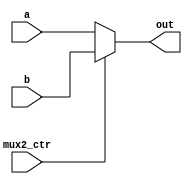
`timescale 1ns / 1ps
//////////////////////////////////////////////////////////////////////////////////
// Company: 
// Engineer: 
// 
// Design Name: 
// Module Name: mux2_8
// Project Name: 
// Target Devices: 
// Tool Versions: 
// Description: 
// 
// Dependencies: 
// 
// Revision:
// Revision 0.01 - File Created
// Additional Comments:
// 
//////////////////////////////////////////////////////////////////////////////////


module mux2_8(
    input[7:0] a,
    input[7:0] b,
    
    input       mux2_ctr,
    output[7:0]   out
    );
    
    assign out =    (mux2_ctr == 1'd0) ? a  :
                    b;
    
endmodule